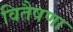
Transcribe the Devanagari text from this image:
वितैषणा